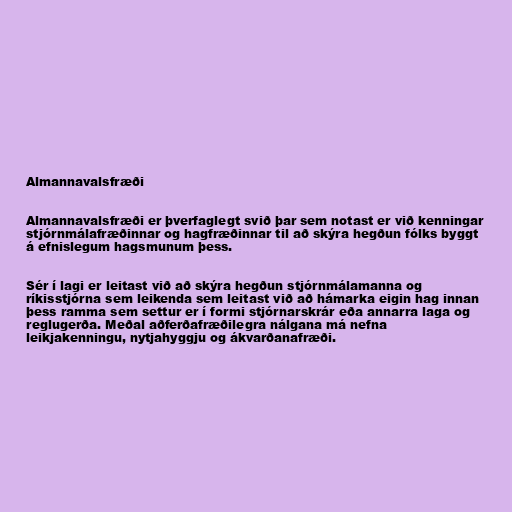
Almannavalsfræði

Almannavalsfræði er þverfaglegt svið þar sem notast er við kenningar
stjórnmálafræðinnar og hagfræðinnar til að skýra hegðun fólks byggt
á efnislegum hagsmunum þess.

Sér í lagi er leitast við að skýra hegðun stjórnmálamanna og
ríkisstjórna sem leikenda sem leitast við að hámarka eigin hag innan
þess ramma sem settur er í formi stjórnarskrár eða annarra laga og
reglugerða. Meðal aðferðafræðilegra nálgana má nefna
leikjakenningu, nytjahyggju og ákvarðanafræði.